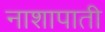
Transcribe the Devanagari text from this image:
नाशापाती